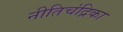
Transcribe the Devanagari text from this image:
नीतिचंद्रिका